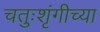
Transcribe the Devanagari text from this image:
चतुःशृंगीच्या